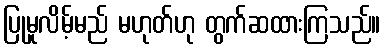
ပြုမူလိမ့်မည် မဟုတ်ဟု တွက်ဆထားကြသည်။